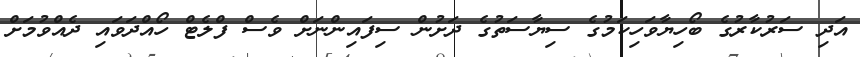
އަދި ސަރުކާރުގެ ބޯހިޔާވަހިކަމުގެ ސިޔާސަތުގެ ދަށުން ސިފައިންނަށް ވެސް ފްލެޓް ހޯއްދަވައި ދެއްވުމަށް